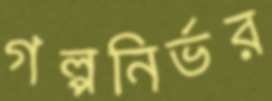
গল্পনির্ভর